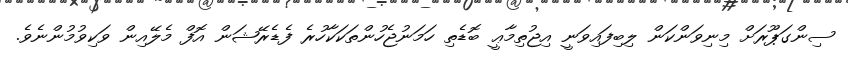
ސިންގަޕޫރަށް މިނިވަންކަން ލިބިފައިވަނީ އިޖުތިމާޢީ ބޮޑެތި ހަމަނުޖެހުންތަކަކާހުރެ ފެޑެރޭޝަން އޮފް މެލޭއިން ވަކިވުމުންނެވެ.